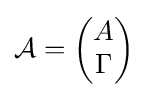
{\mathcal {A}}={\begin{pmatrix}A\\\Gamma \end{pmatrix}}